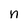
Character: n